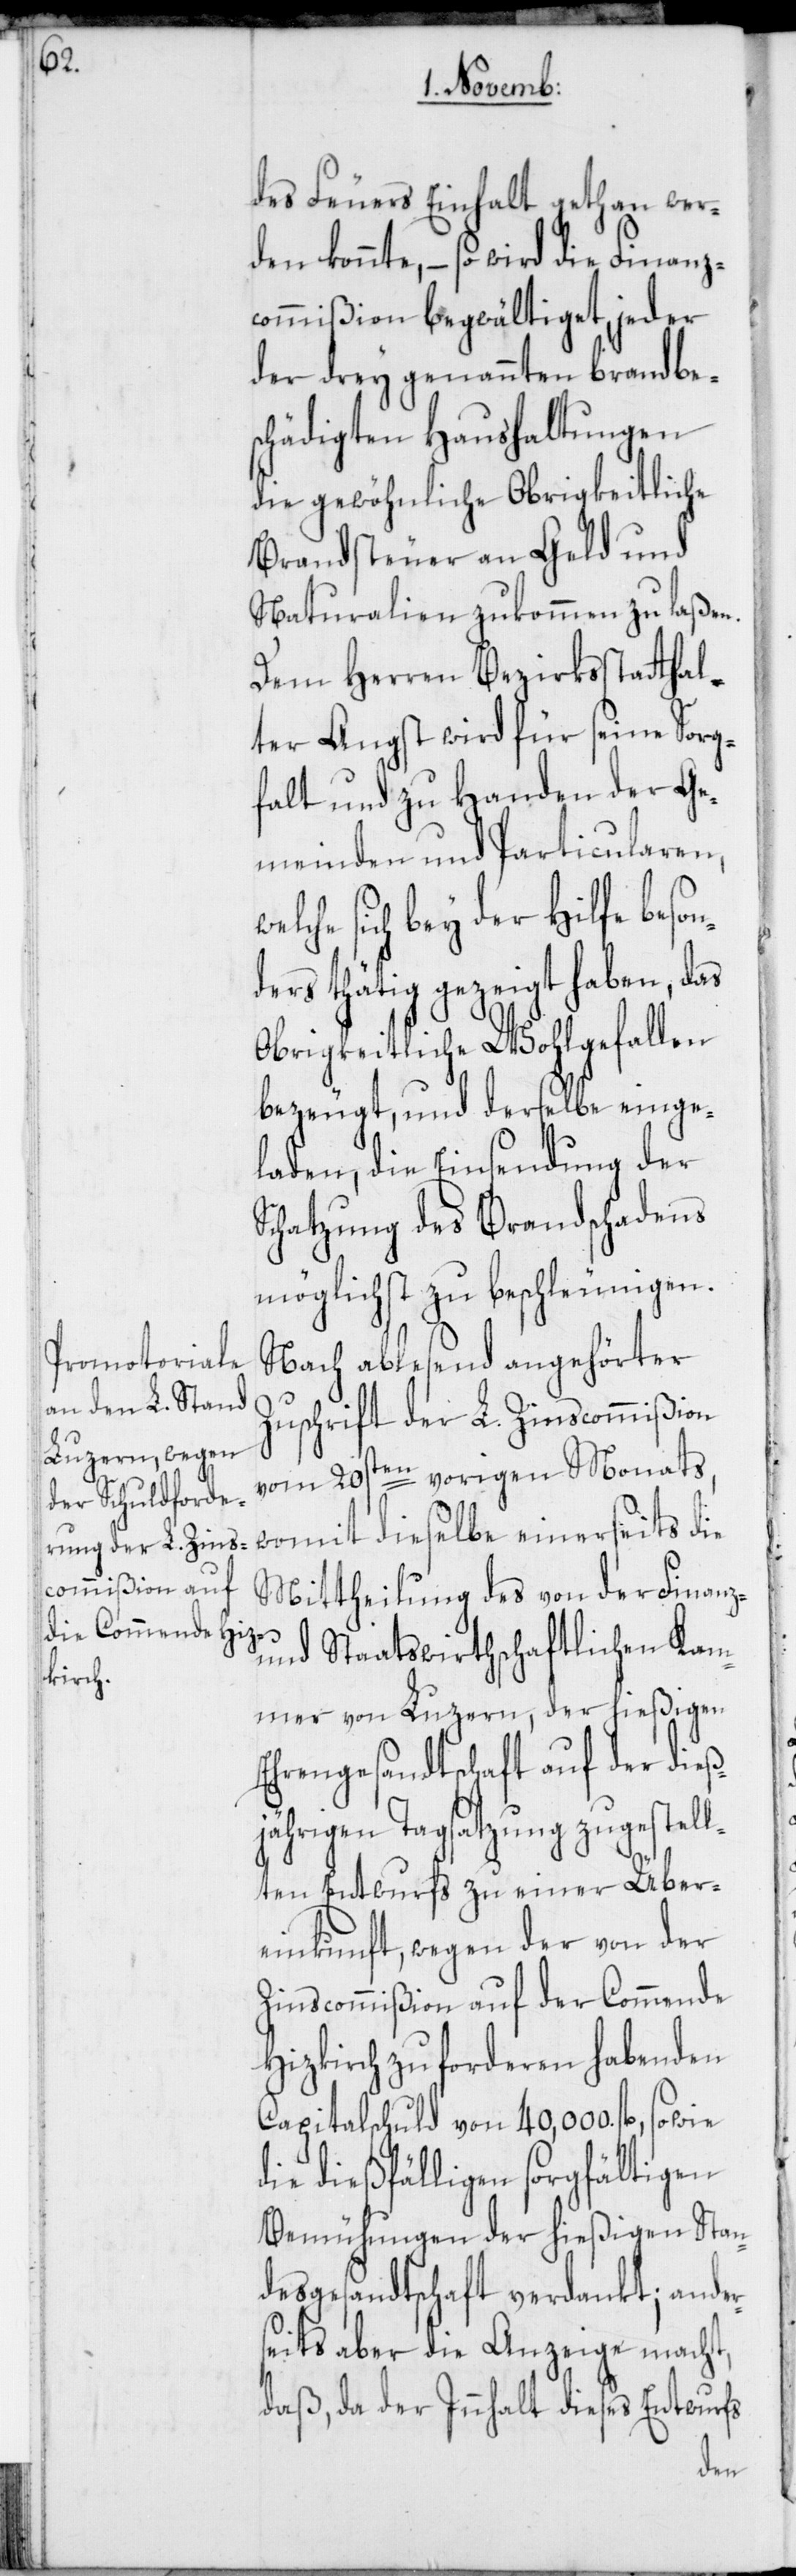
we¬

des Feuers Einhalt gethan wer¬
konnte, – so wird die Finanz¬
commißion begwältiget, jeder
der drey genannten brandbes¬
chädigten Haushaltungen
die gewöhnliche Obrigkeitliche
Brandsteuer an Geld und
Naturalien zukommen zu laßen.
Dem Herren Bezirksstatthal¬
ter Angst wird für seine Sorg¬
falt und zu Handen der Ge¬
meinden und Particularen,
lche sich bey der Hilfe beson¬
ders thätig gezeigt haben, das
Obrigkeitliche Wohlgefallen
bezeugt, und derselbe einge¬
laden, die Einsendung der
Schatzung des Brandschadens
möglichst zu beschleunigen.
Nach ablesend angehörter
Zuschrift der L. Zinscommißion
vom 20sten vorigen Monats,
womit dieselbe einerseits die
Mittheilung des von der Finanz-
und Staatswirthschaftlichen Kam¬
mer von Luzern, der hießigen
Ehrengesandtschaft auf der dieß¬
jährigen Tagsatzung zugestell¬
ten Entwurfs zu einer Über¬
einkunft, wegen der von der
Zinscommißion auf der Commende
Hizkirch zu forderen habenden
Capitalschuld von 40,000. fl., sowie
die dießfälligen sorgfältigen
Bemühungen der hießigen Stan¬
desgesandtschaft verdankt; ander¬
seits aber die Anzeige macht,
daß, da der Innhalt dieses Entwurfs
den